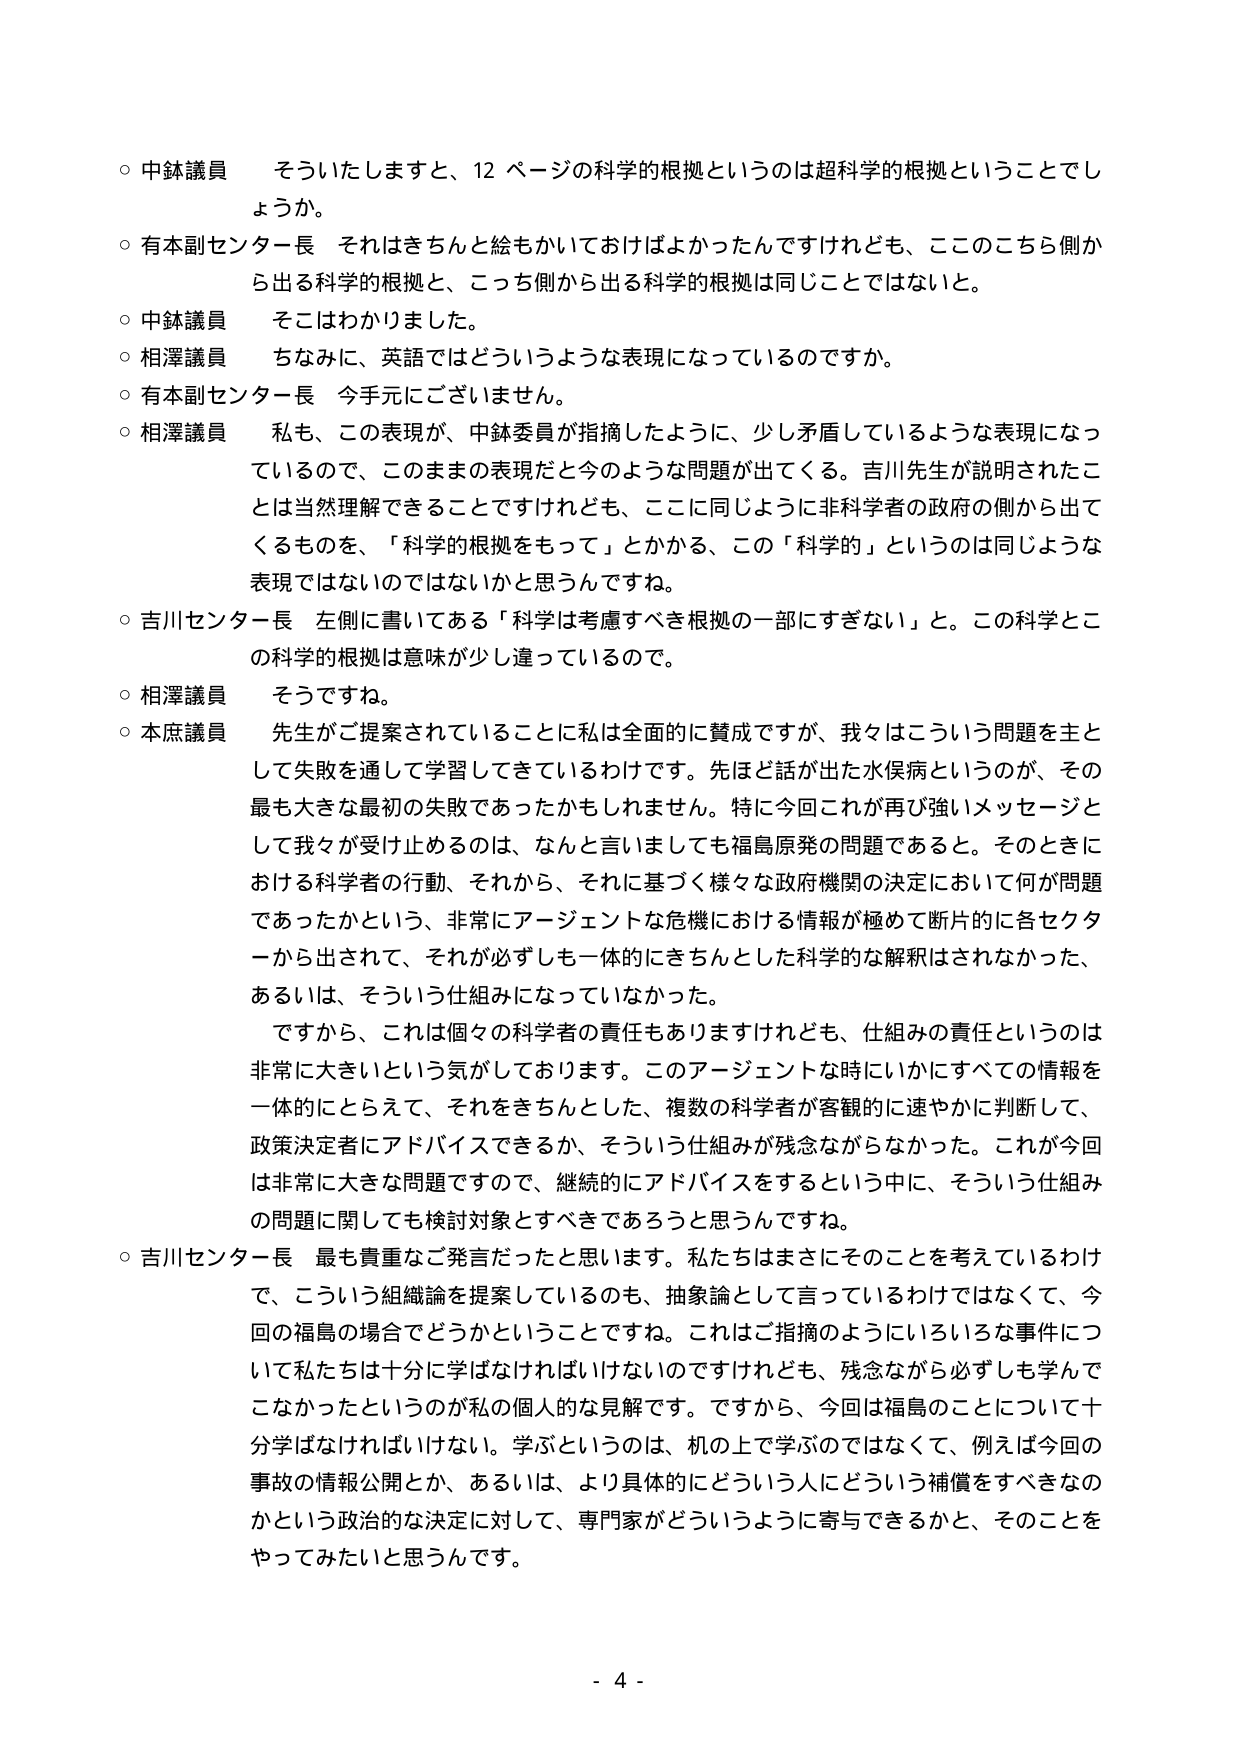
○ 中鉢議員　そういたしますと、12 ページの科学的根拠というのは超科学的根拠ということでしょか。

○ 有本副センター長　それはきちんと総もかいておけばよかったんですけれども、ここのこちら側から出る科学的根拠と、こっち側から出る科学的根拠は同じことではないと。

○ 中鉢議員　そこはわかりました。

○ 相澤議員　ちなみに、英語ではどういうような表現になっているのですか。

○ 有本副センター長　今手元にございません。

○ 相澤議員　私も、この表現が、中鉢委員が指摘したように、少し矛盾しているような表現になっているので、このままの表現だと今のような問題が出てくる。吉川先生が説明されたことは当然理解できることですけれども、ここに同じように非科学者の政府の側から出てくるものを、「科学的根拠をもって」とかかか、この「科学的」というのは同じような表現ではないのではないかと思うんです。

○ 吉川センター長　左側に書いてある「科学は考慮すべき根拠の一部にすぎない」と。この科学とこの科学的根拠は意味が少し違っているので。

○ 相澤議員　そうですね。

○ 本庶議員　先生がご提案されていることに私は全面的に賛成ですが、我々はこういう問題を主として失敗を通して学習してきているわけです。先ほど話が出た水俣病というのが、その最も大きな最初の失敗であったかもしれません。特に今回これが再び強いメッセージとして我々が受け止めるのは、なんと言いましても福島原発の問題であると。そのときにおける科学者の行動、それから、それに基づく様々な政府機関の決定において何が問題であったかという、非常にアージェントな危機における情報が極めて断片的に各セクターから出されて、それが必ずしも一体的にきちんとした科学的な解釈はされなかった、あるいは、そういう仕組みになっていなかった。

　ですから、これは個々の科学者の責任もありますけれども、仕組みの責任というのは非常に大きいという気がしております。このアージェントな時にいかにすべての情報を一体的にとらえて、それをきちんとした、複数の科学者が客観的に速やかに判断して、政策決定者にアドバイスできるか、そういう仕組みが残念ながらなかった。これが今回は非常に大きな問題ですので、継続的にアドバイスをするという中に、そういう仕組みの問題に関しても検討対象とすべきであろうと思うんですね。

○ 吉川センター長　最も貴重なご発言だったと思います。私たちはまさにそのことを考えているわけで、こういう組織論を提案しているのも、抽象論として言っているわけではなくて、今回の福島の場合でどうかということですね。これはご指摘のようにいろいろな事件について私たちは十分に学ばなければいけないのですけれども、残念ながら必ずしも学んでこなかったというのが私の個人的な見解です。ですから、今回は福島のことについて十分学ばなければいけない。学ぶというのは、机の上で学ぶのではなくて、例えば今回の事故の情報公開とか、あるいは、より具体的にどういう人にどういう補償をすべきなのかという政治的な決定に対して、専門家がどういうように寄与できるかと、そのことをやってみたいと思うんです。

- 4 -